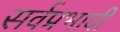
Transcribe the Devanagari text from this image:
सर्वप्रभावी